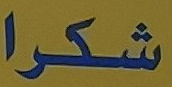
شكرا